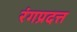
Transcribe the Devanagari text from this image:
रंगप्रदत्त